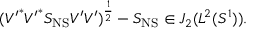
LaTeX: ( { V ^ { \prime } } ^ { * } { V ^ { \prime } } ^ { * } S _ { \mathrm { N S } } V ^ { \prime } V ^ { \prime } ) ^ { \frac { 1 } { 2 } } - S _ { \mathrm { N S } } \in { \cal J } _ { 2 } ( L ^ { 2 } ( S ^ { 1 } ) ) .